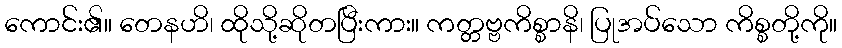
ကောင်း၏။ တေနဟိ၊ ထိုသို့ဆိုတပြီးကား။ ကတ္တဗ္ဗကိစ္စာနိ၊ ပြုအပ်သော ကိစ္စတို့ကို။